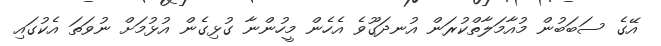
އޭގެ ސަބަބުން މުއާމަލާތްކުރަން އުނދަގޫވެ އެހެން މީހުންނާ ގުޅިގެން އުޅުމަށް ނުވަތަ އެކުގައި